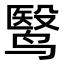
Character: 鹥